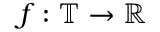
f : \mathbb { T } \rightarrow \mathbb { R }